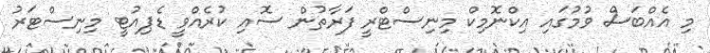
މި އެއްބަސް ވުމުގައި އިކްނޮމިކް މިނިސްޓްރީ ފަރާތުން ސޮއި ކުރެއްވީ ޑެޕިއުޓީ މިނިސްޓަރު